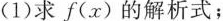
(1)求f(x)的解析式；